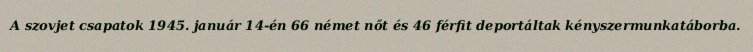
A szovjet csapatok 1945. január 14-én 66 német nőt és 46 férfit deportáltak kényszermunkatáborba.